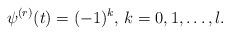
LaTeX: \begin{align*}\psi^{(r)}(t)=(-1)^k,\,k=0,1,\dots,l.\end{align*}